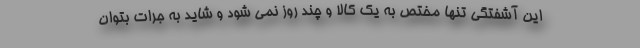
این آشفتگی تنها مختص به یک کالا و چند روز نمی شود و شاید به جرات بتوان